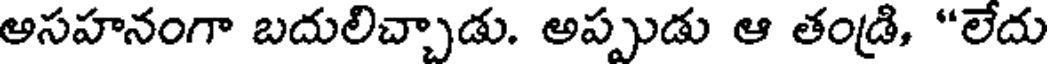
అసహనంగా బదులిచ్చాడు. అప్పుడు ఆ తండి, "లేదు